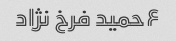
۶حمید فرخ نژاد